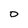
Character: D